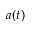
a ( t )